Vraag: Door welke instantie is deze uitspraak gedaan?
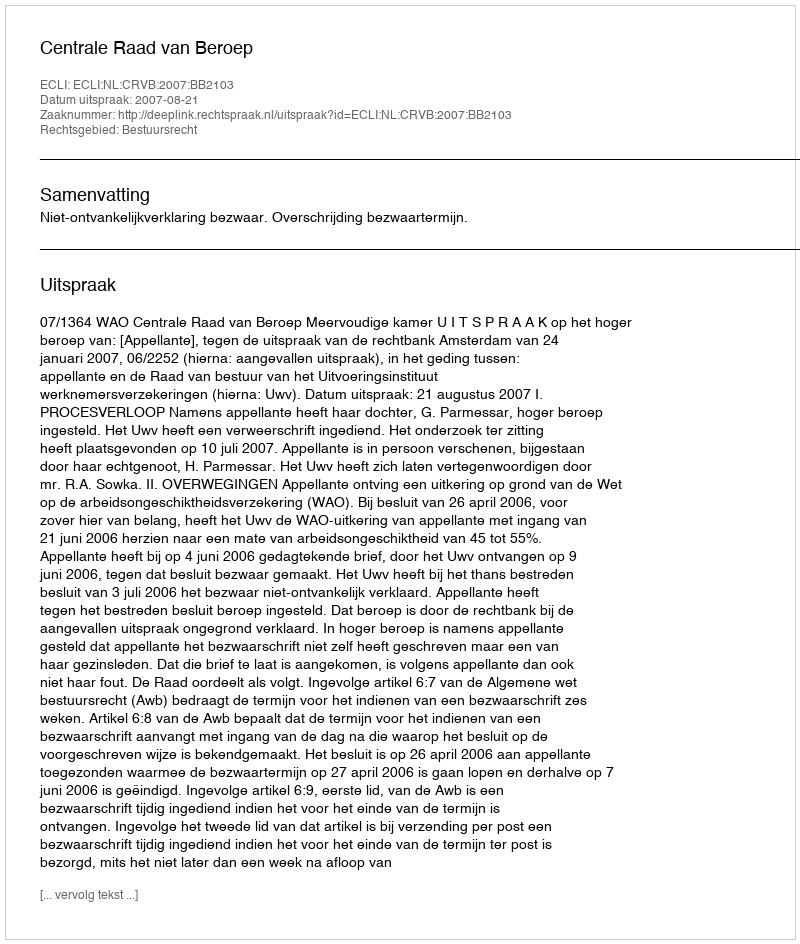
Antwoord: Centrale Raad van Beroep